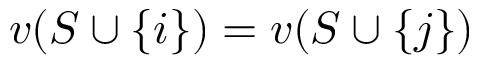
v ( S \cup \{ i \} ) = v ( S \cup \{ j \} )